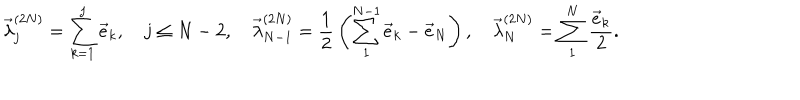
LaTeX: \vec { \lambda } _ { j } ^ { ( 2 N ) } = \sum _ { k = 1 } ^ { j } \vec { e } _ { k } , \quad j \leq N - 2 , \quad \vec { \lambda } _ { N - 1 } ^ { ( 2 N ) } = { \frac { 1 } { 2 } } \left( \sum _ { 1 } ^ { N - 1 } \vec { e } _ { k } - \vec { e } _ { N } \right) , \quad \vec { \lambda } _ { N } ^ { ( 2 N ) } = \sum _ { 1 } ^ { N } { \frac { \vec { e } _ { k } } { 2 } } .